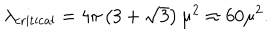
\lambda _ { \mathrm { c r i t i c a l } } = 4 \pi \left( 3 + \sqrt { 3 } \right) \mu ^ { 2 } \approx 6 0 \mu ^ { 2 } .